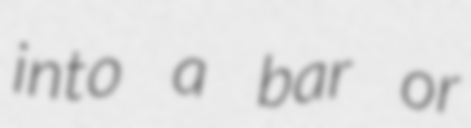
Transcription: into a bar or